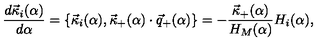
{ \frac { d { \vec { \kappa } } _ { i } ( \alpha ) } { d \alpha } } = \{ { \vec { \kappa } } _ { i } ( \alpha ) , { \vec { \kappa } } _ { + } ( \alpha ) \cdot { \vec { q } } _ { + } ( \alpha ) \} = - { \frac { { \vec { \kappa } } _ { + } ( \alpha ) } { H _ { M } ( \alpha ) } } H _ { i } ( \alpha ) ,